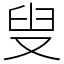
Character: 叟